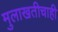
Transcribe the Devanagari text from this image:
मुलाखतीचाही